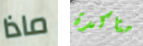
ماذا متاكدة